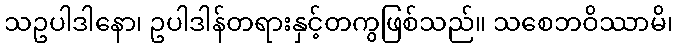
သဥပါဒါနော၊ ဥပါဒါန်တရားနှင့်တကွဖြစ်သည်။ သစေဘဝိဿာမိ၊